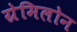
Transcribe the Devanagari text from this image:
ग्रेमिलोन